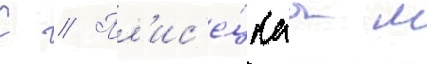
С // Пл'ис'е́цкаа м